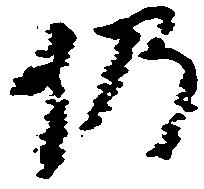
仍